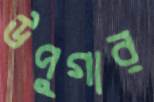
উপুগার